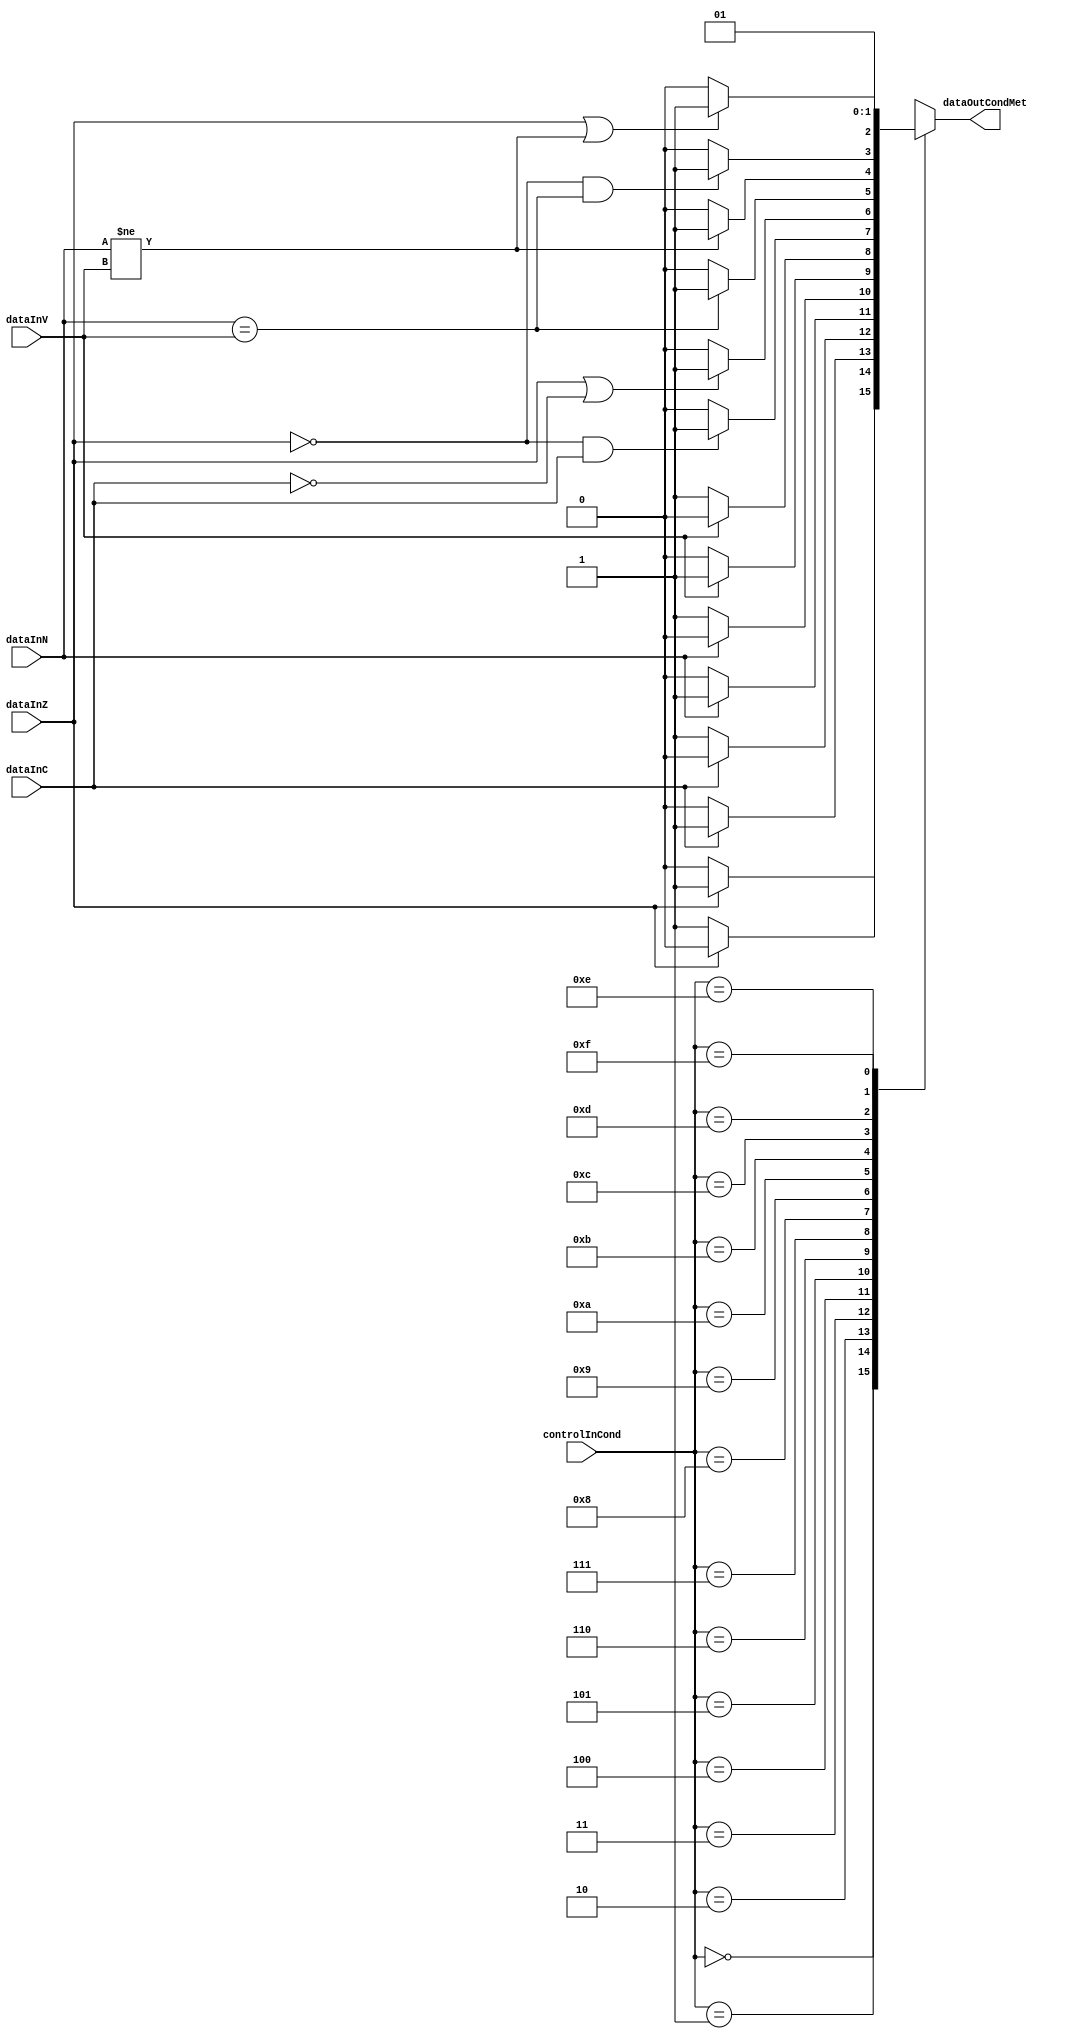
/*
Module: condCheck.v

Description: Module checks to see if the flag meets the condition.  If condition is met, then output is 1 else 0		

Hierarchy:		


Team Binary Evolution
Ben Fuhrmann, Cody Hanson, Eric Harris, Ross Nordstrom, Eric Weisman

Module designed by:	
Edited by:		

Date:			

*/

module condCheck(input [3:0] controlInCond,
                 input dataInZ,
                 input dataInC,
                 input dataInV,
                 input dataInN,
                 output reg dataOutCondMet);

      always@(*)begin
          case(controlInCond)
			        4'b0000: begin
			               if(dataInZ)dataOutCondMet = 1;
			               else dataOutCondMet = 0;
			            end
			        4'b0001: begin
			             if(~dataInZ)dataOutCondMet = 1;
			               else dataOutCondMet = 0;
			            end
			        4'b0010: begin
			            if(dataInC)dataOutCondMet = 1;
			               else dataOutCondMet = 0;
			            end
			        4'b0011: begin
			            if(~dataInC)dataOutCondMet = 1;
			               else dataOutCondMet = 0;
			            end
			        4'b0100:begin
			            if(dataInN)dataOutCondMet = 1;
			               else dataOutCondMet = 0;
			            end
			        4'b0101: begin
			            if(~dataInN)dataOutCondMet = 1;
			               else dataOutCondMet = 0;
			            end
			        4'b0110: begin
			            if(dataInV)dataOutCondMet = 1;
			               else dataOutCondMet = 0;
			            end
			        4'b0111: begin
			            if(~dataInV)dataOutCondMet = 1;
			               else dataOutCondMet = 0;
			            end
			        4'b1000: begin
			            if(~dataInZ && dataInC)dataOutCondMet = 1;
			               else dataOutCondMet = 0;
			            end
			        4'b1001: begin
			            if(dataInZ || ~dataInC)dataOutCondMet = 1;
			               else dataOutCondMet = 0;
			            end
			        4'b1010: begin
			            if(dataInN == dataInV)dataOutCondMet = 1;
			               else dataOutCondMet = 0;
			            end
			        4'b1011:begin
			            if(dataInN != dataInV)dataOutCondMet = 1;
			               else dataOutCondMet = 0;
			            end
			        4'b1100: begin
			            if(~dataInZ && (dataInN == dataInV) )dataOutCondMet = 1;
			               else dataOutCondMet = 0;
			            end
			        4'b1101:begin
			            if(dataInZ || (dataInN != dataInV) )dataOutCondMet = 1;
			               else dataOutCondMet = 0;
			            end
			   		 4'b1110: begin
			            dataOutCondMet = 0;
			            end
			        4'b1111: begin
			            dataOutCondMet = 1;
			            end
			     endcase  
			end       



                 
endmodule